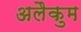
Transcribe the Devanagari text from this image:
अलैकुम